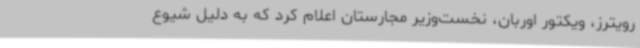
رویترز، ویکتور اوربان، نخست‌وزیر مجارستان اعلام کرد که به دلیل شیوع